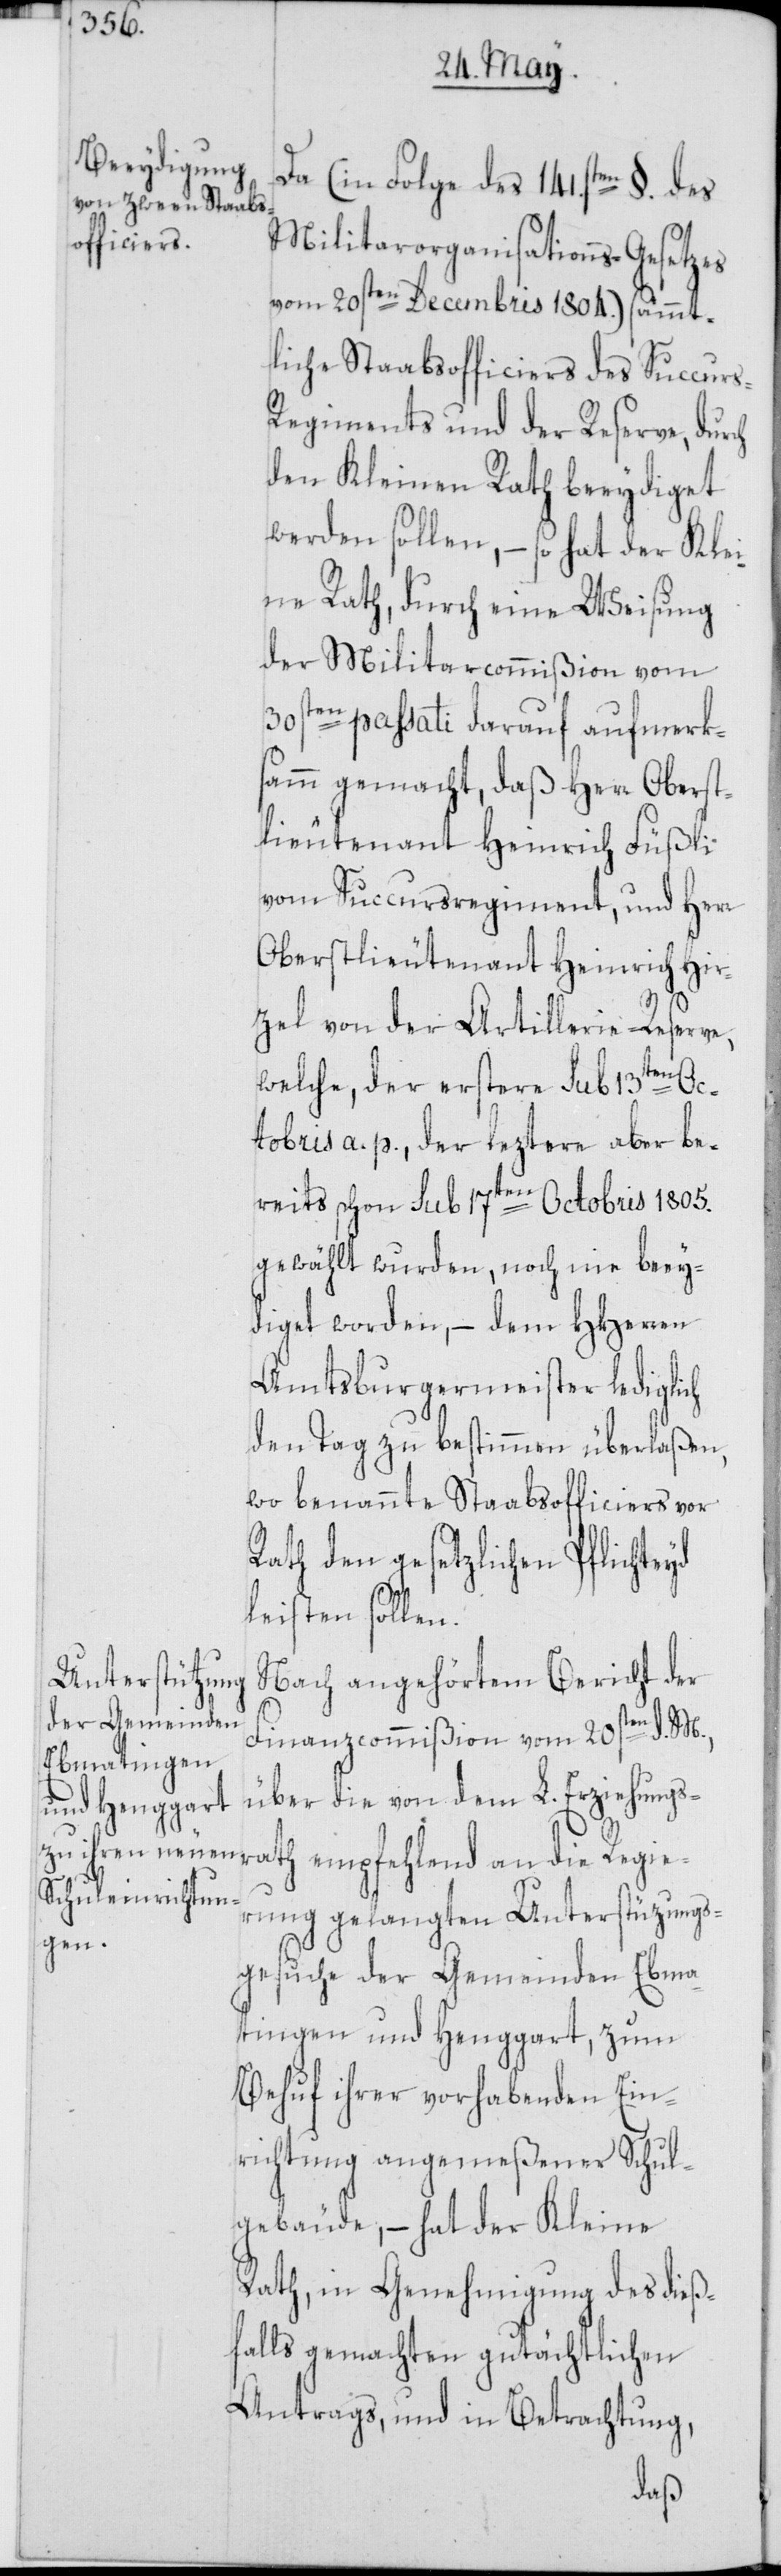
Da (in Folge des 141sten. §. des
Militarorganisations-Gesetzes
vom 20sten Decembris 1804.) sämmt¬
liche Staabsofficiers des Succurs-R¬
egiments und der Reserve, durch
den Kleinen Rath beeydiget
werden sollen, – so hat der Klei¬
ne Rath, durch eine Weisung
der Militarcommißion vom
30sten passati darauf aufmerks¬
amm gemacht, daß Herr Oberst¬
lieutenant Heinrich Füßli
vom Succursregiment, und Herr
Oberstlieutenant Heinrich Hir¬
zel von der Artillerie-Reser¬
welche, der erstere sub 13ten Oc¬
tobris a. p., der leztere aber be¬
reits schon sub 17ten Octobris 1805.
gewählt wurden, noch nie beey¬
diget worden, – dem HHerren
Amtsburgermeister lediglich
den Tag zu bestimmen überlaßen,
wo benannte Staabsofficiers vor
Rath den gesetzlichen Pflichteyd
leisten sollen.
Nach angehörtem Bericht der
Finanzcommißion vom 20sten d. M.,
über die von dem L. Erziehungs¬
rath empfehlend an die Regie¬
rung gelangten Unterstüzungs¬
ve,
gesuche der Gemeinden Ebma¬
tingen und Henggart, zum
Behuf ihrer vorhabenden Ein¬
richtung angemeßener Schul¬
gebäude, – hat der Kleine
Rath, in Genehmigung des dieß¬
falls gemachten gutächtlichen
Antrags, und in Betrachtung,